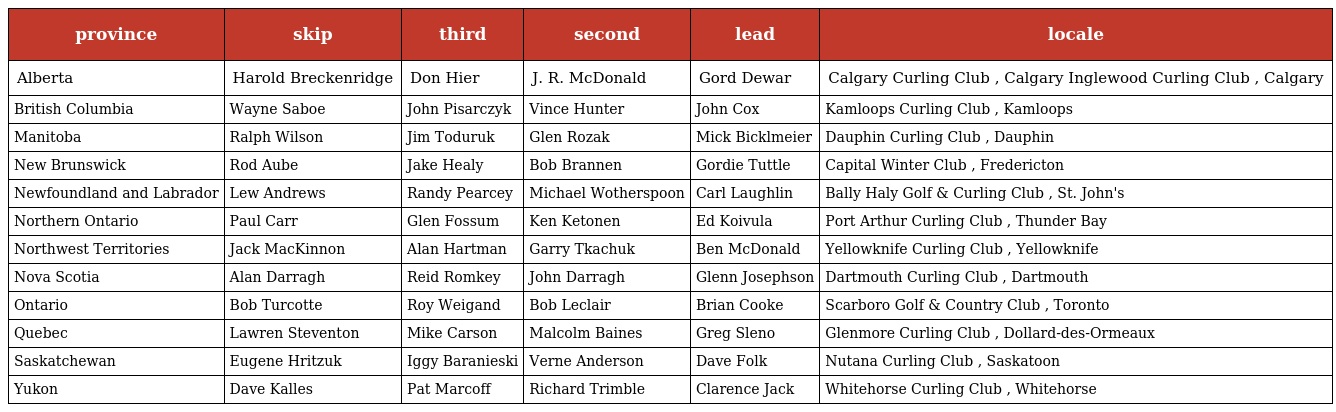
| province | skip | third | second | lead | locale |
 | --- | --- | --- | --- | --- | --- |
 | Alberta | Harold Breckenridge | Don Hier | J. R. McDonald | Gord Dewar | Calgary Curling Club , Calgary Inglewood Curling Club , Calgary |
 | British Columbia | Wayne Saboe | John Pisarczyk | Vince Hunter | John Cox | Kamloops Curling Club , Kamloops |
 | Manitoba | Ralph Wilson | Jim Toduruk | Glen Rozak | Mick Bicklmeier | Dauphin Curling Club , Dauphin |
 | New Brunswick | Rod Aube | Jake Healy | Bob Brannen | Gordie Tuttle | Capital Winter Club , Fredericton |
 | Newfoundland and Labrador | Lew Andrews | Randy Pearcey | Michael Wotherspoon | Carl Laughlin | Bally Haly Golf & Curling Club , St. John's |
 | Northern Ontario | Paul Carr | Glen Fossum | Ken Ketonen | Ed Koivula | Port Arthur Curling Club , Thunder Bay |
 | Northwest Territories | Jack MacKinnon | Alan Hartman | Garry Tkachuk | Ben McDonald | Yellowknife Curling Club , Yellowknife |
 | Nova Scotia | Alan Darragh | Reid Romkey | John Darragh | Glenn Josephson | Dartmouth Curling Club , Dartmouth |
 | Ontario | Bob Turcotte | Roy Weigand | Bob Leclair | Brian Cooke | Scarboro Golf & Country Club , Toronto |
 | Quebec | Lawren Steventon | Mike Carson | Malcolm Baines | Greg Sleno | Glenmore Curling Club , Dollard-des-Ormeaux |
 | Saskatchewan | Eugene Hritzuk | Iggy Baranieski | Verne Anderson | Dave Folk | Nutana Curling Club , Saskatoon |
 | Yukon | Dave Kalles | Pat Marcoff | Richard Trimble | Clarence Jack | Whitehorse Curling Club , Whitehorse |